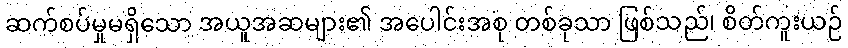
ဆက်စပ်မှုမရှိသော အယူအဆများ၏ အပေါင်းအစု တစ်ခုသာ ဖြစ်သည်၊ စိတ်ကူးယဉ်